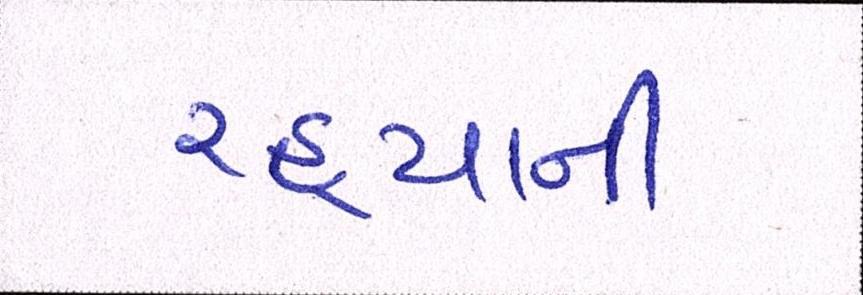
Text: રહ્યાની